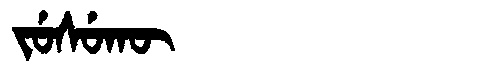
Manchu: ᠵᡠᠰᡠᡴᡡ
Romanization: JUSUKŪ